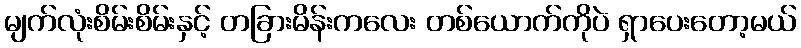
မျက်လုံးစိမ်းစိမ်းနှင့် တခြားမိန်းကလေး တစ်ယောက်ကိုပဲ ရှာပေးတော့မယ်